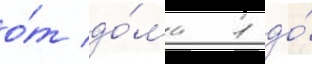
о́т до́ма 1 до́